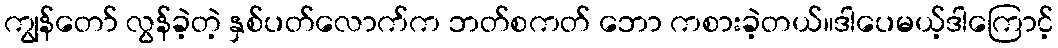
ကျွန်တော် လွန်ခဲ့တဲ့ နှစ်ပတ်လောက်က ဘတ်စကတ် ဘော ကစားခဲ့တယ်။ဒါပေမယ့်ဒါကြောင့်